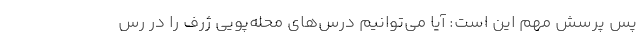
پس پرسش مهم این است: آیا می‌توانیم درس‌های محله‌پویی ژرف را در رس